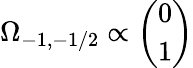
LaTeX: \Omega_{-1,-1/2}\propto{\binom{0}{1}}